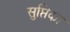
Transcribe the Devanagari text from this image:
सुप्तिका